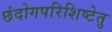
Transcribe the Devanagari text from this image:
छंदोगपरिशिष्टेतु